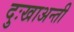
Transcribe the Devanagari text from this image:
दुःखाअन्ती